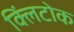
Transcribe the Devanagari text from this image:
क्लिंटोक